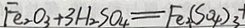
F e _ { 2 } O _ { 3 } + 3 H _ { 2 } S O _ { 4 } = F e _ { 2 } ( S O _ { 4 } ) _ { 3 } +